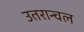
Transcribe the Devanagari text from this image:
उतरान्चल